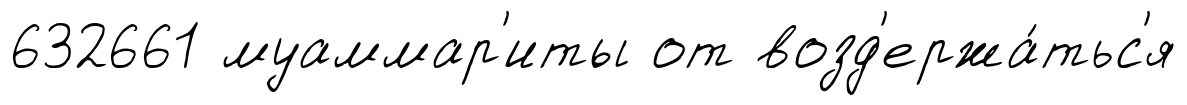
632661 муаммар'иты от возд'ержа́тьс'я